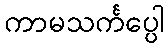
ကာမသင်္ကပ္ပေါ